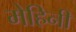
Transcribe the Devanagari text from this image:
मेहिनी